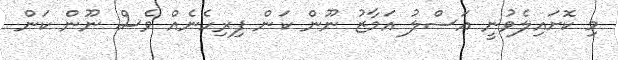
މި ކޮށައިލެވުނީ އަސްލު އަމާޒު ނޫން ކަން ފިރިހެނެއް ވެސް ނޫން ކަން